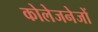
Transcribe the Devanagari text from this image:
कोलेजनेजों